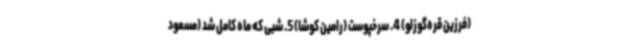
(فرزین قره‌گوزلو) 4. سرخپوست (رامین کوشا) 5. شبی که ماه کامل شد (مسعود